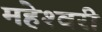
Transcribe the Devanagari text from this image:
महेश्‍वरी